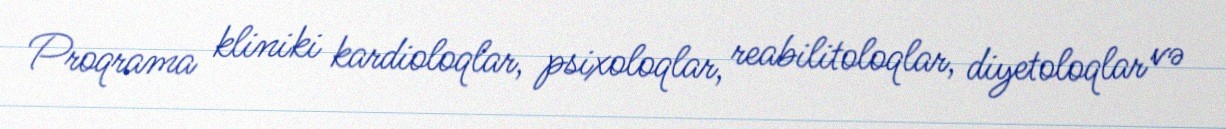
Proqrama kliniki kardioloqlar, psixoloqlar, reabilitoloqlar, diyetoloqlar və